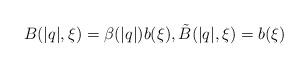
LaTeX: \begin{align*} B(|q|,\xi) = \beta(|q|) b(\xi), \tilde{B}(|q|,\xi) = b(\xi) \end{align*}